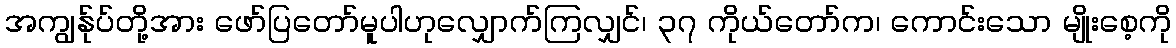
အကျွန်ုပ်တို့အား ဖော်ပြတော်မူပါဟုလျှောက်ကြလျှင်၊ ၃၇ ကိုယ်တော်က၊ ကောင်းသော မျိုးစေ့ကို